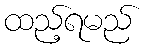
ထည့်ရမည်